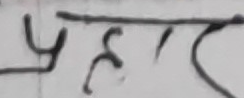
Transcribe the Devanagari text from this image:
प्रहार